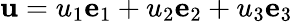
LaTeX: \mathbf{u}=u_{1}\mathbf{e}_{1}+u_{2}\mathbf{e}_{2}+u_{3}\mathbf{e}_{3}